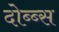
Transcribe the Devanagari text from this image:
दोब्ब्स